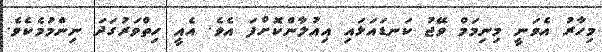
މިހާރު އެވަނީ މިނިމަމް ވޭޖު ކަނޑައަޅައި އިއުލާންކޮށްފަ އެވެ. އެއީ ހިތްވަރުގަދަ ނިންމުމެކެވެ.